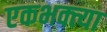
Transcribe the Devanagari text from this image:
एकभक्त्या